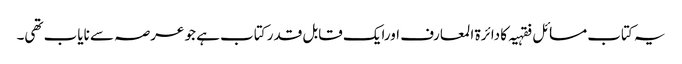
یہ کتاب مسائل فقہیہ کا دائرة المعارف اورایک قابل قدر کتاب ہے جو عرصہ سے نایاب تھی۔